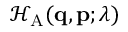
\mathcal { H } _ { \mathrm { A } } ( \mathbf { q } , \mathbf { p } ; \lambda )